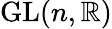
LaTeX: {\mathrm{GL}}(n,\mathbb{R})